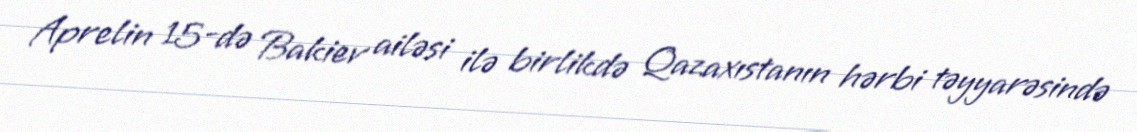
Aprelin 15-də Bakiev ailəsi ilə birlikdə Qazaxıstanın hərbi təyyarəsində